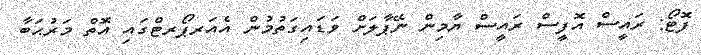
ފޮޓޯ: ރައީސް އޮފީސް ރައީސް ޔާމިން ނޭޕާލަށް ވަޑައިގަތުމުން އެއަރޕޯރޓްގައި އޮތް މަރުޙަބާ